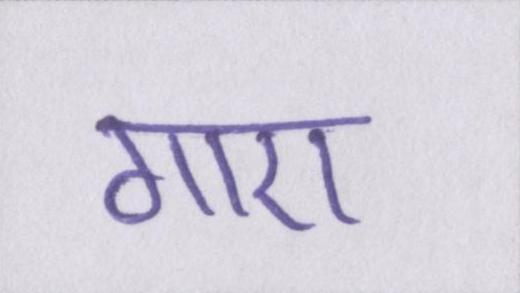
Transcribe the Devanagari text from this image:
गाए